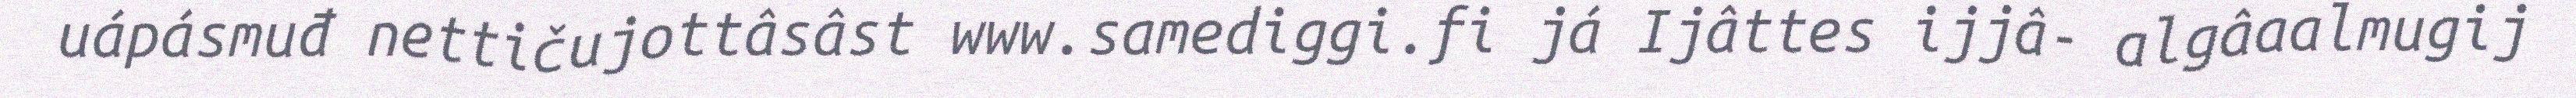
uápásmuđ nettičujottâsâst www.samediggi.fi já Ijâttes ijjâ- algâaalmugij